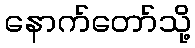
နောက်တော်သို့